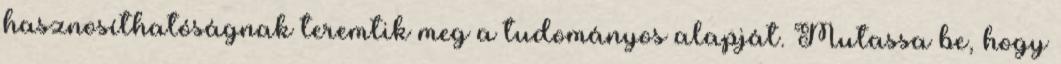
hasznosíthatóságnak teremtik meg a tudományos alapját. Mutassa be, hogy